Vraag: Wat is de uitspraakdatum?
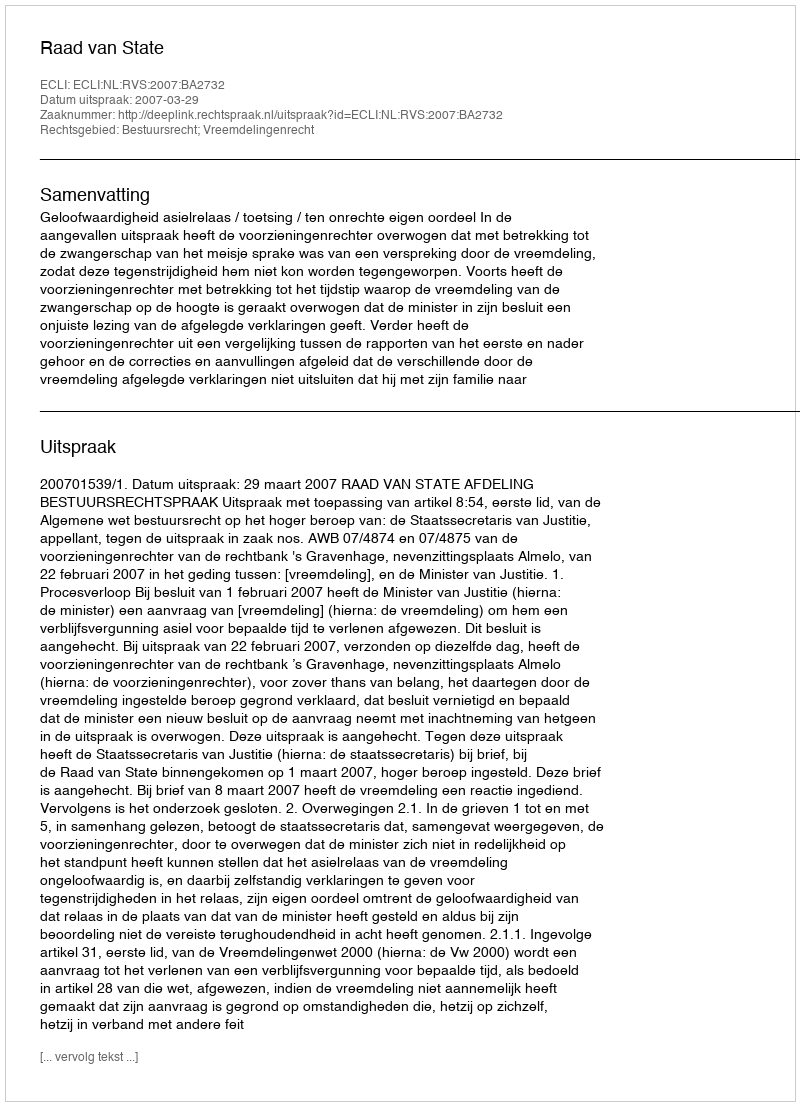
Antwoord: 2007-03-29